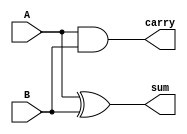
module ha(
input A,B,output sum,carry
    );
    xor a1(sum,A,B);
    and a2(carry,A,B);
endmodule